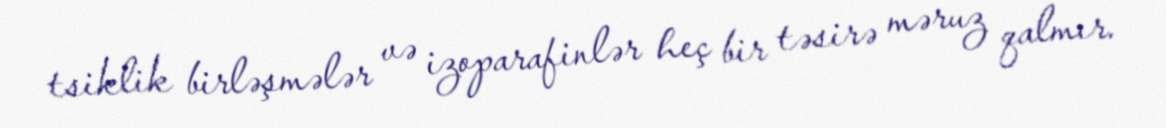
tsiklik birləşmələr və izoparafinlər heç bir təsirə məruz qalmır.